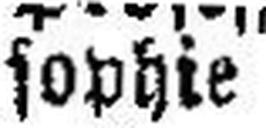
sophie.